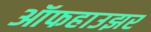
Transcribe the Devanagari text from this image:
ऑफहाउझर